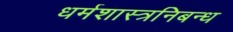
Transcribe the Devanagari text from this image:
धर्मशास्त्रनिबन्ध